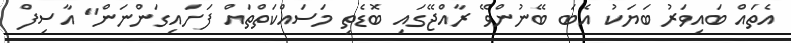
އެތައް ބައިވަރު ބަޔަކު އެބަ ބޭނުންވޭ ރާއްޖޭގައި ބޮޑެތި މަސައްކަތްތައް ފަށައިގަންނަން" އާސިފް